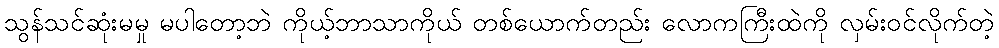
သွန်သင်ဆုံးမမှု မပါတော့ဘဲ ကိုယ့်ဘာသာကိုယ် တစ်ယောက်တည်း လောကကြီးထဲကို လှမ်းဝင်လိုက်တဲ့